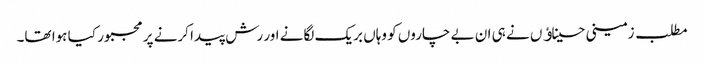
مطلب زمینی حسیناﺅں نے ہی ان بے چاروں کو وہاں بریک لگانے اور رش پیدا کرنے پر مجبور کیا ہوا تھا۔